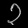
Digit: ၃